Lunatic asylums Punjab 1868-1880 - 1868-1880
Year: 1868
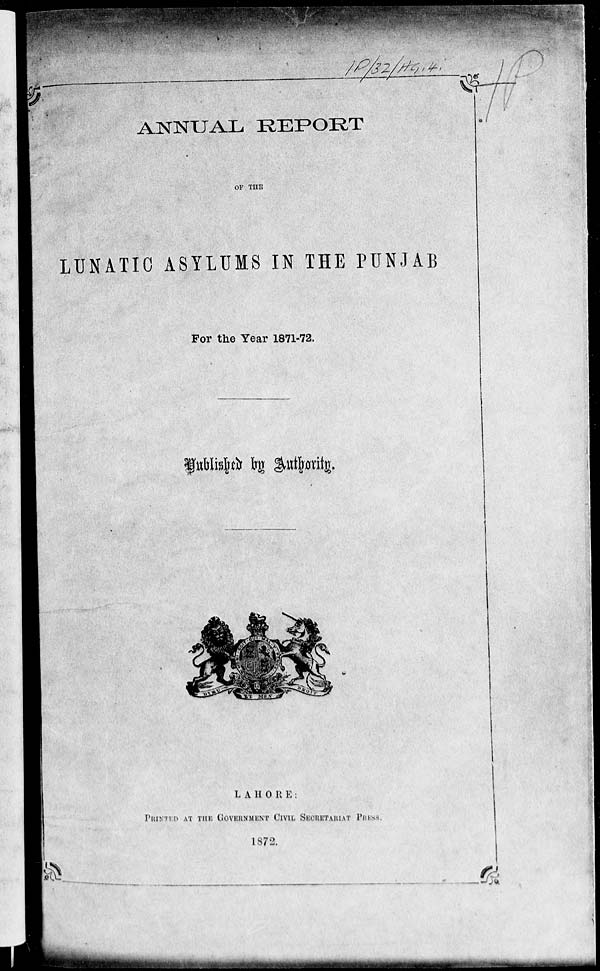
ANNUAL REPORT
OF THE
LUNATIC ASYLUMS IN THE PUNJAB
For the Year 1871-72.
Published by Authority.
LAHORE:
Printed AT THE GOVERNMENT CIVIL SECRETARIAT PRESS.
1872.